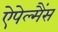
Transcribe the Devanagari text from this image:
ऐपेल्मैंस